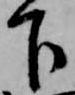
下